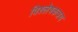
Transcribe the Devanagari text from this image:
विश्लेषकत्रय